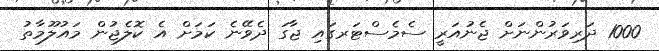
1000 ދަރިވަރުންނަށް ޖެނުއަރީ ސެމެސްޓަރގައި ޖާގަ ދެވޭނެ ކަމަށް އެ ކޮލެޖުން މައުލޫމާތު